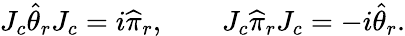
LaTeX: J_{c}\widehat\theta_{r}J_{c}=i\widehat\pi_{r},\qquad J_{c}\widehat\pi_{r}J_{c}=-i\widehat\theta_{r}.